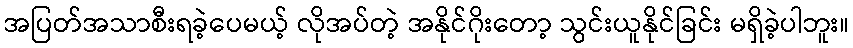
အပြတ်အသာစီးရခဲ့ပေမယ့် လိုအပ်တဲ့ အနိုင်ဂိုးတော့ သွင်းယူနိုင်ခြင်း မရှိခဲ့ပါဘူး။